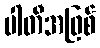
ပါတီအဖြစ်